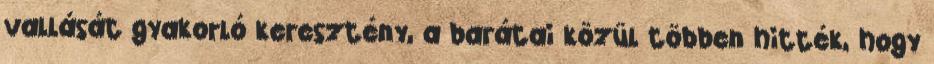
vallását gyakorló keresztény, a barátai közül többen hitték, hogy